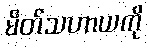
မိတ်သဟာယကို